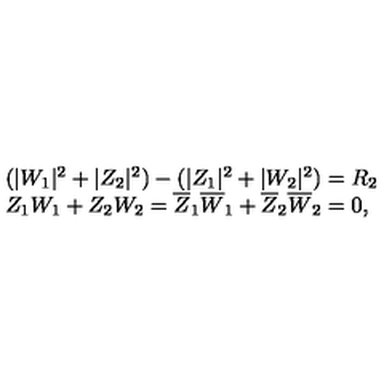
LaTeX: \begin{array} { l c r } { ( | W _ { 1 } | ^ { 2 } + | Z _ { 2 } | ^ { 2 } ) - ( | Z _ { 1 } | ^ { 2 } + | W _ { 2 } | ^ { 2 } ) = R _ { 2 } } \\ { Z _ { 1 } W _ { 1 } + Z _ { 2 } W _ { 2 } = \overline { { Z } } _ { 1 } \overline { { W } } _ { 1 } + \overline { { Z } } _ { 2 } \overline { { W } } _ { 2 } = 0 , } \\ \end{array}